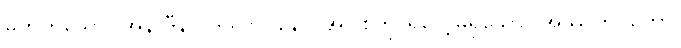
မဟုတ်သော။ အနာဒီနဝ ဒဿာဝိနော၊ အပြစ်ကို ရှုလေ့မရှိသော။ အဿုတဝတော၊